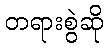
တရားစွဲဆို